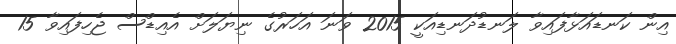
އިން ކަނޑައަޅާފައިވާ ލަނޑުދަނޑިއަކީ 2015 ވަނަ އަހަރުގެ ނިޔަލަށް އެއިޑްސް ޖެހިފައިވާ 15